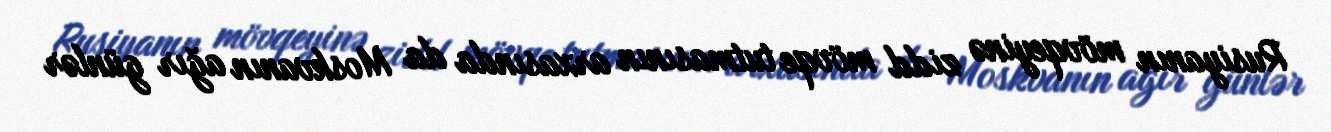
Rusiyanın mövqeyinə zidd mövqe tutmasının arxasında da Moskvanın ağır günlər